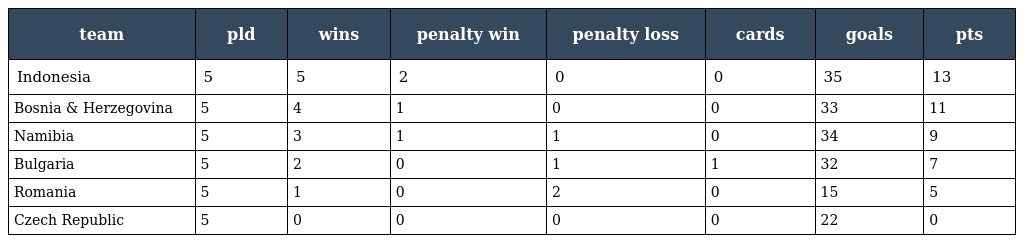
| team | pld | wins | penalty win | penalty loss | cards | goals | pts |
 | --- | --- | --- | --- | --- | --- | --- | --- |
 | Indonesia | 5 | 5 | 2 | 0 | 0 | 35 | 13 |
 | Bosnia & Herzegovina | 5 | 4 | 1 | 0 | 0 | 33 | 11 |
 | Namibia | 5 | 3 | 1 | 1 | 0 | 34 | 9 |
 | Bulgaria | 5 | 2 | 0 | 1 | 1 | 32 | 7 |
 | Romania | 5 | 1 | 0 | 2 | 0 | 15 | 5 |
 | Czech Republic | 5 | 0 | 0 | 0 | 0 | 22 | 0 |